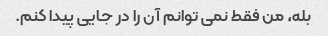
بله، من فقط نمی توانم آن را در جایی پیدا کنم.